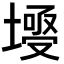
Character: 𡐄